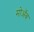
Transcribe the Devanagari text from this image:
मोअॅब